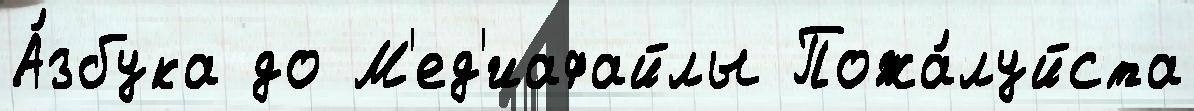
А́збука до М'ед'иафайлы Пожа́луйста